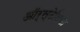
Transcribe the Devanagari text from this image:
ऑर्स्टेलिया